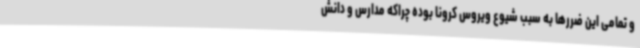
و تمامی این ضررها به سبب شیوع ویروس کرونا بوده چراکه مدارس و دانش